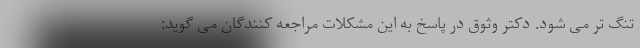
تنگ تر می شود. دکتر وثوق در پاسخ به این مشکلات مراجعه کنندگان می گوید: